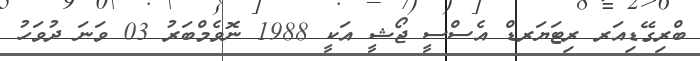
ބްރިގޭޑިއަރ ރިޓަޔަރޑް އެސްސީ ޖޯޝީ އަކީ 1988 ނޮވެމްބަރު 03 ވަނަ ދުވަހު